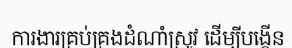
ការងារគ្រប់គ្រងដំណាំស្រូវ ដើម្បីបង្កើន